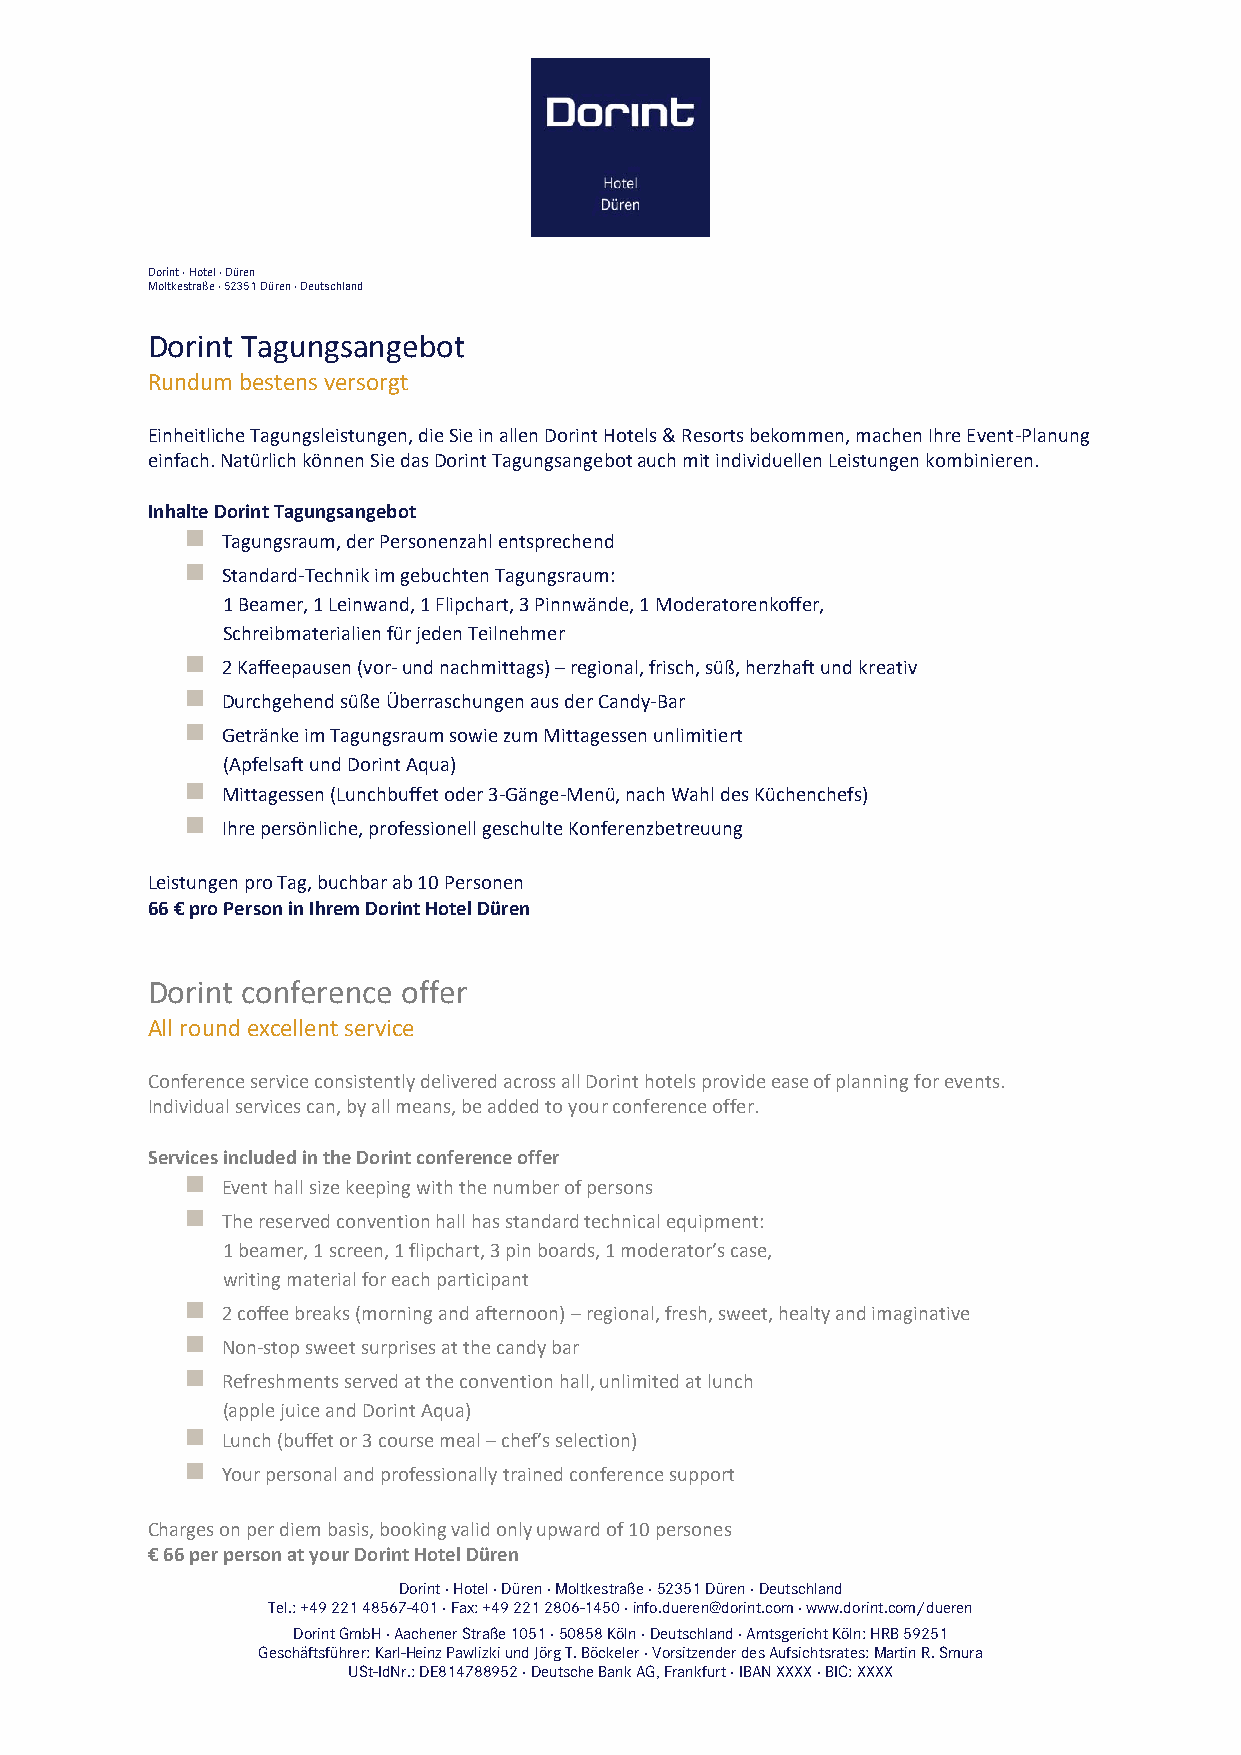
Dorint ∙ Hotel ∙ Düren
 Moltkestraße ∙ 52351 Düren ∙ Deutschland
 Dorint Tagungsangebot
 Rundum bestens versorgt
 Einheitliche Tagungsleistungen, die Sie in allen Dorint Hotels & Resorts bekommen, machen Ihre Event-Planung
 einfach. Natürlich können Sie das Dorint Tagungsangebot auch mit individuellen Leistungen kombinieren.
 Inhalte Dorint Tagungsangebot
   Tagungsraum, der Personenzahl entsprechend
   Standard-Technik im gebuchten Tagungsraum:
 1 Beamer, 1 Leinwand, 1 Flipchart, 3 Pinnwände, 1 Moderatorenkoffer,
 Schreibmaterialien für jeden Teilnehmer
   2 Kaffeepausen (vor- und nachmittags) – regional, frisch, süß, herzhaft und kreativ
   Durchgehend süße Überraschungen aus der Candy-Bar
   Getränke im Tagungsraum sowie zum Mittagessen unlimitiert
 (Apfelsaft und Dorint Aqua)
   Mittagessen (Lunchbuffet oder 3-Gänge-Menü, nach Wahl des Küchenchefs)
   Ihre persönliche, professionell geschulte Konferenzbetreuung
 Leistungen pro Tag, buchbar ab 10 Personen
 66 € pro Person in Ihrem Dorint Hotel Düren
 Dorint conference offer
 All round excellent service
 Conference service consistently delivered across all Dorint hotels provide ease of planning for events.
 Individual services can, by all means, be added to your conference offer.
 Services included in the Dorint conference offer
   Event hall size keeping with the number of persons
   The reserved convention hall has standard technical equipment:
 1 beamer, 1 screen, 1 flipchart, 3 pin boards, 1 moderator’s case,
 writing material for each participant
   2 coffee breaks (morning and afternoon) – regional, fresh, sweet, healty and imaginative
   Non-stop sweet surprises at the candy bar
   Refreshments served at the convention hall, unlimited at lunch
 (apple juice and Dorint Aqua)
   Lunch (buffet or 3 course meal – chef’s selection)
   Your personal and professionally trained conference support
 Charges on per diem basis, booking valid only upward of 10 persones
 € 66 per person at your Dorint Hotel Düren
 Dorint ∙ Hotel ∙ Düren ∙ Moltkestraße ∙ 52351 Düren ∙ Deutschland
 Tel.: +49 221 48567-401 ∙ Fax: +49 221 2806-1450 ∙ info.dueren@dorint.com ∙ www.dorint.com/dueren
 Dorint GmbH ∙ Aachener Straße 1051 ∙ 50858 Köln ∙ Deutschland ∙ Amtsgericht Köln: HRB 59251
 Geschäftsführer: Karl-Heinz Pawlizki und Jörg T. Böckeler ∙ Vorsitzender des Aufsichtsrates: Martin R. Smura
 USt-IdNr.: DE814788952 ∙ Deutsche Bank AG, Frankfurt ∙ IBAN XXXX ∙ BIC: XXXX